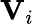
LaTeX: \mathbf{V}_{i}